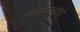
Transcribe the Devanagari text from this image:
मोबदल्याचे